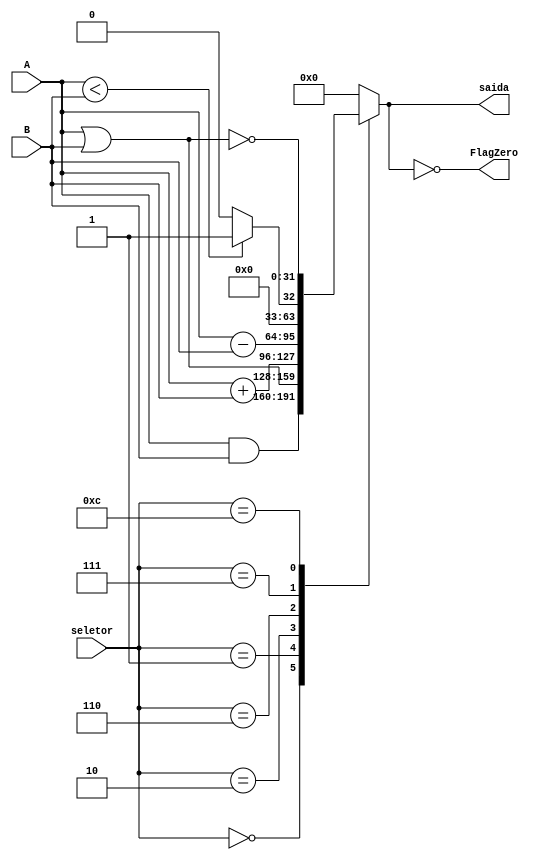
module ALU(
	input wire[31:0] A,
	input wire[31:0] B,
	input wire[3:0] seletor,
	output wire[31:0] saida,
	output wire FlagZero
);

reg [31:0] _saida;

always @ (seletor)
begin

case(seletor)
  0: _saida <= A & B;
  1: _saida <= A | B;
  2: _saida <= A + B;
  6: _saida <= A - B;
  7: _saida <= A < B ? 1:0;
  12: _saida <= ~(A|B);
  default: _saida <=0;
endcase

end

assign saida = _saida;
assign FlagZero =(_saida==0);


endmodule